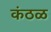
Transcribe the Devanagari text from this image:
कंठळ